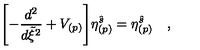
\Biggl [ - { \frac { d ^ { 2 } } { d \tilde { \xi } ^ { 2 } } } + V _ { ( p ) } \Biggl ] \eta _ { ( p ) } ^ { \hat { s } } = \eta _ { ( p ) } ^ { \hat { s } } \quad ,